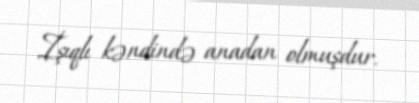
İşıqlı kəndində anadan olmuşdur.